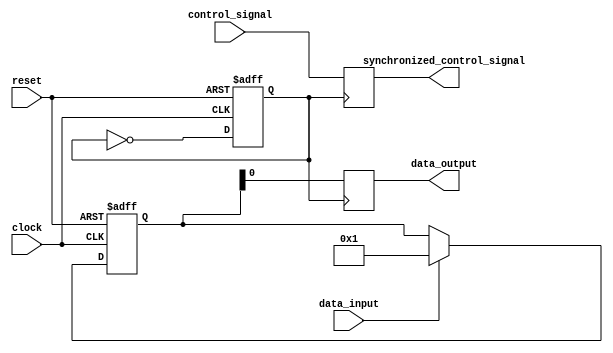
module timing_control_and_sync (
    input wire clock,
    input wire reset,
    input wire data_input,
    output wire data_output,
    input wire control_signal,
    output wire synchronized_control_signal
);

// Data buffering module
reg [7:0] buffer;
always @ (posedge clock or posedge reset)
begin
    if (reset)
        buffer <= 8'b00000000;
    else if (data_input)
        buffer <= data_input;
end

// Clock synchronization module
reg synchronized_clock;
always @ (posedge clock or posedge reset)
begin
    if (reset)
        synchronized_clock <= 1'b0;
    else
        synchronized_clock <= ~synchronized_clock;
end

// Synchronization of control signals
always @ (posedge synchronized_clock)
begin
    synchronized_control_signal <= control_signal;
end

// Timing control module
always @ (posedge synchronized_clock)
begin
    data_output <= buffer;
end

endmodule